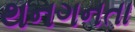
થનગનતા